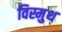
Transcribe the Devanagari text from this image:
विस्मुथ